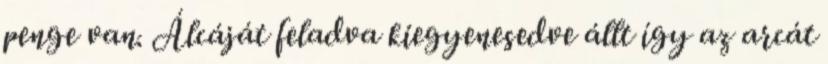
penge van. Álcáját feladva kiegyenesedve állt így az arcát